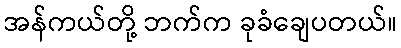
အန်ကယ်တို့ ဘက်က ခုခံချေပတယ်။